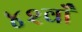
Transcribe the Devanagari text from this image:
४२वाँ